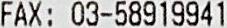
FAX: 03-58919941